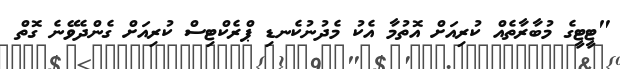
"ޓީޓީގެ މުބާރާތެއް ކުރިއަށް އޮތުމާ އެކު މެދުނުކެނޑި ޕްރެކްޓިސް ކުރިއަށް ގެންދެވޭނެ ގޮތް